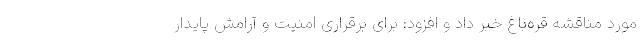
مورد مناقشه قره‌باغ خبر داد و افزود: برای برقراری امنیت و آرامش پایدار